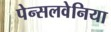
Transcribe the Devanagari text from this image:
पेन्सलवेनिया